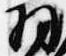
羽